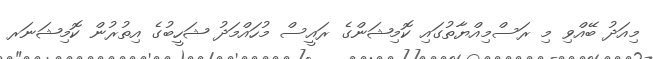
މިއަދު ބޭއްވި މި ރަސްމިއްޔާތުގައި ކޮމިޝަންގެ ރައީސް މުހައްމަދު ޝަހީބުގެ އިތުރުން ކޮމިޝަނަރ